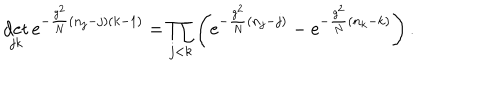
\det _ { j k } \mathrm { e } ^ { - \frac { g ^ { 2 } } { N } ( n _ { j } - j ) ( k - 1 ) } = \prod _ { j < k } \left( \mathrm { e } ^ { - \frac { g ^ { 2 } } { N } ( n _ { j } - j ) } - \mathrm { e } ^ { - \frac { g ^ { 2 } } { N } ( n _ { k } - k ) } \right) .